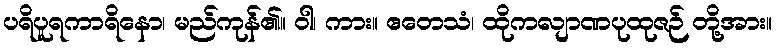
ပရိပူရကာရိနော၊ မည်ကုန်၏။ ဝါ၊ ကား။ ဧတေသံ၊ ထိုကလျာဏပုထုဇဉ် တို့အား။